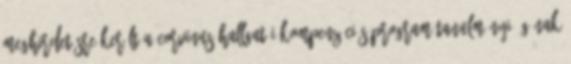
Meghirdetésre került a Corvinus Hallgatói Kompenzációs Program Tanulmányi ágának